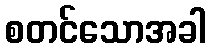
စတင်သောအခါ